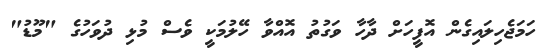
ހަމަޖެހިލައިގެން އޮފީހަށް ދާހާ ވަގުތު އޮއްވާ ހޭލުމަކީ ވެސް މުޅި ދުވަހުގެ "މޫޑު"